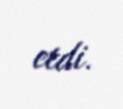
etdi.